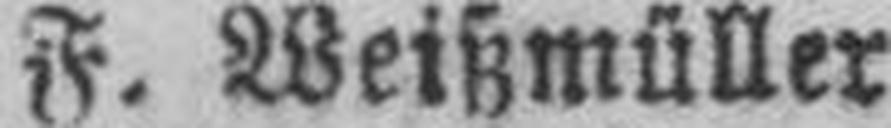
F. Weißmüller